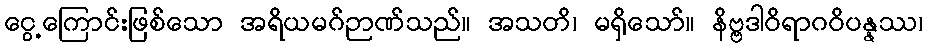
ငွေ့ကြောင်းဖြစ်သော အရိယမဂ်ဉာဏ်သည်။ အသတိ၊ မရှိသော်။ နိဗ္ဗဒါဝိရာဂဝိပန္နဿ၊